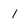
Character: 1